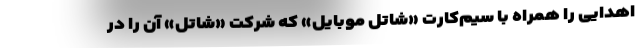
اهدایی را همراه با سیم‌کارت «شاتل موبایل» که شرکت «شاتل» آن را در